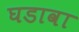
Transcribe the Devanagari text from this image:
घडावा